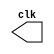
module clock(clk);
  output reg clk;
  initial begin
  	 clk = 0;
  end
  always 
	  begin
		  #1000 clk = ~clk;
	  end   
endmodule